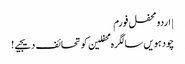
| اردو محفل فورم
چودہویں سالگرہ محفلین کو تحائف دیجیے!